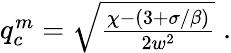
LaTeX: \begin{array}{r}{q_{c}^{m}=\sqrt{\frac{\chi-(3+\sigma/\beta)}{2w^{2}}}\; .}\end{array}